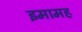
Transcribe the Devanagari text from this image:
इमामह